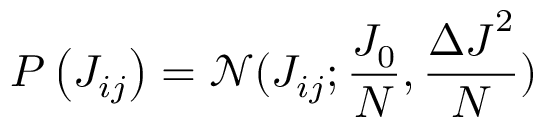
P \left( { { J } _ { i j } } \right) = \mathcal { N } ( { { J } _ { i j } } ; \frac { { { J } _ { 0 } } } { N } , \frac { { { { \Delta J } } ^ { 2 } } } { N } )